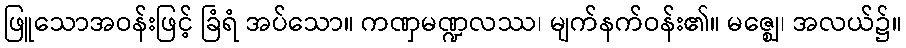
ဖြူသောအဝန်းဖြင့် ခြံရံ အပ်သော။ ကဏှမဏ္ဍလဿ၊ မျက်နက်ဝန်း၏။ မဇ္ဈေ၊ အလယ်၌။